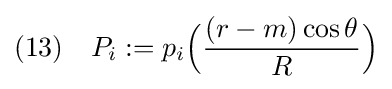
(13)\quad P_{i}:=p_{i}{\Big (}{\frac {(r-m)\cos \theta }{R}}{\Big )}